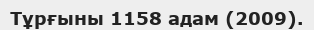
Тұрғыны 1158 адам (2009).